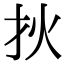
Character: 𤆎